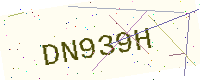
Text: DN939H